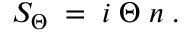
S _ { \Theta } \; = \; i \; \Theta \; n \; .